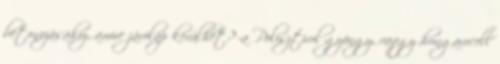
betonozásához, amire járólap kerülhet? -a Polisztirol gyöngy, vaqgy hungarocell